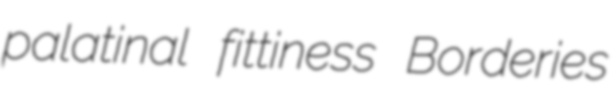
palatinal fittiness Borderies